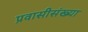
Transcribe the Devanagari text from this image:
प्रवासीसंख्या